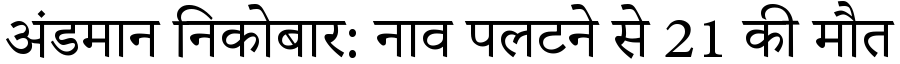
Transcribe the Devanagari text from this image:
अंडमान निकोबार: नाव पलटने से 21 की मौत